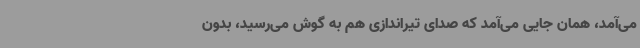
می‌آمد، همان جایی می‌آمد که صدای تیراندازی هم به گوش می‌رسید، بدون